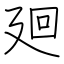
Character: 廻